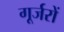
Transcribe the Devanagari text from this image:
गूर्जरों